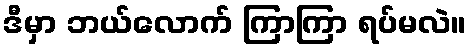
ဒီမှာ ဘယ်လောက် ကြာကြာ ရပ်မလဲ။